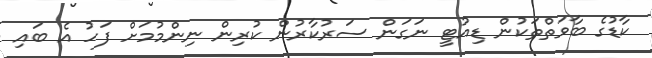
ކާޑުގެ ބާވަތްތަކުން ޑިއުޓީ ނަގަން ސަރުކާރުން ކުރިން ނިންމުމަށް ފަހު އެ ބައި